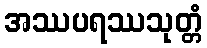
အဿပရဿသုတ္တံ